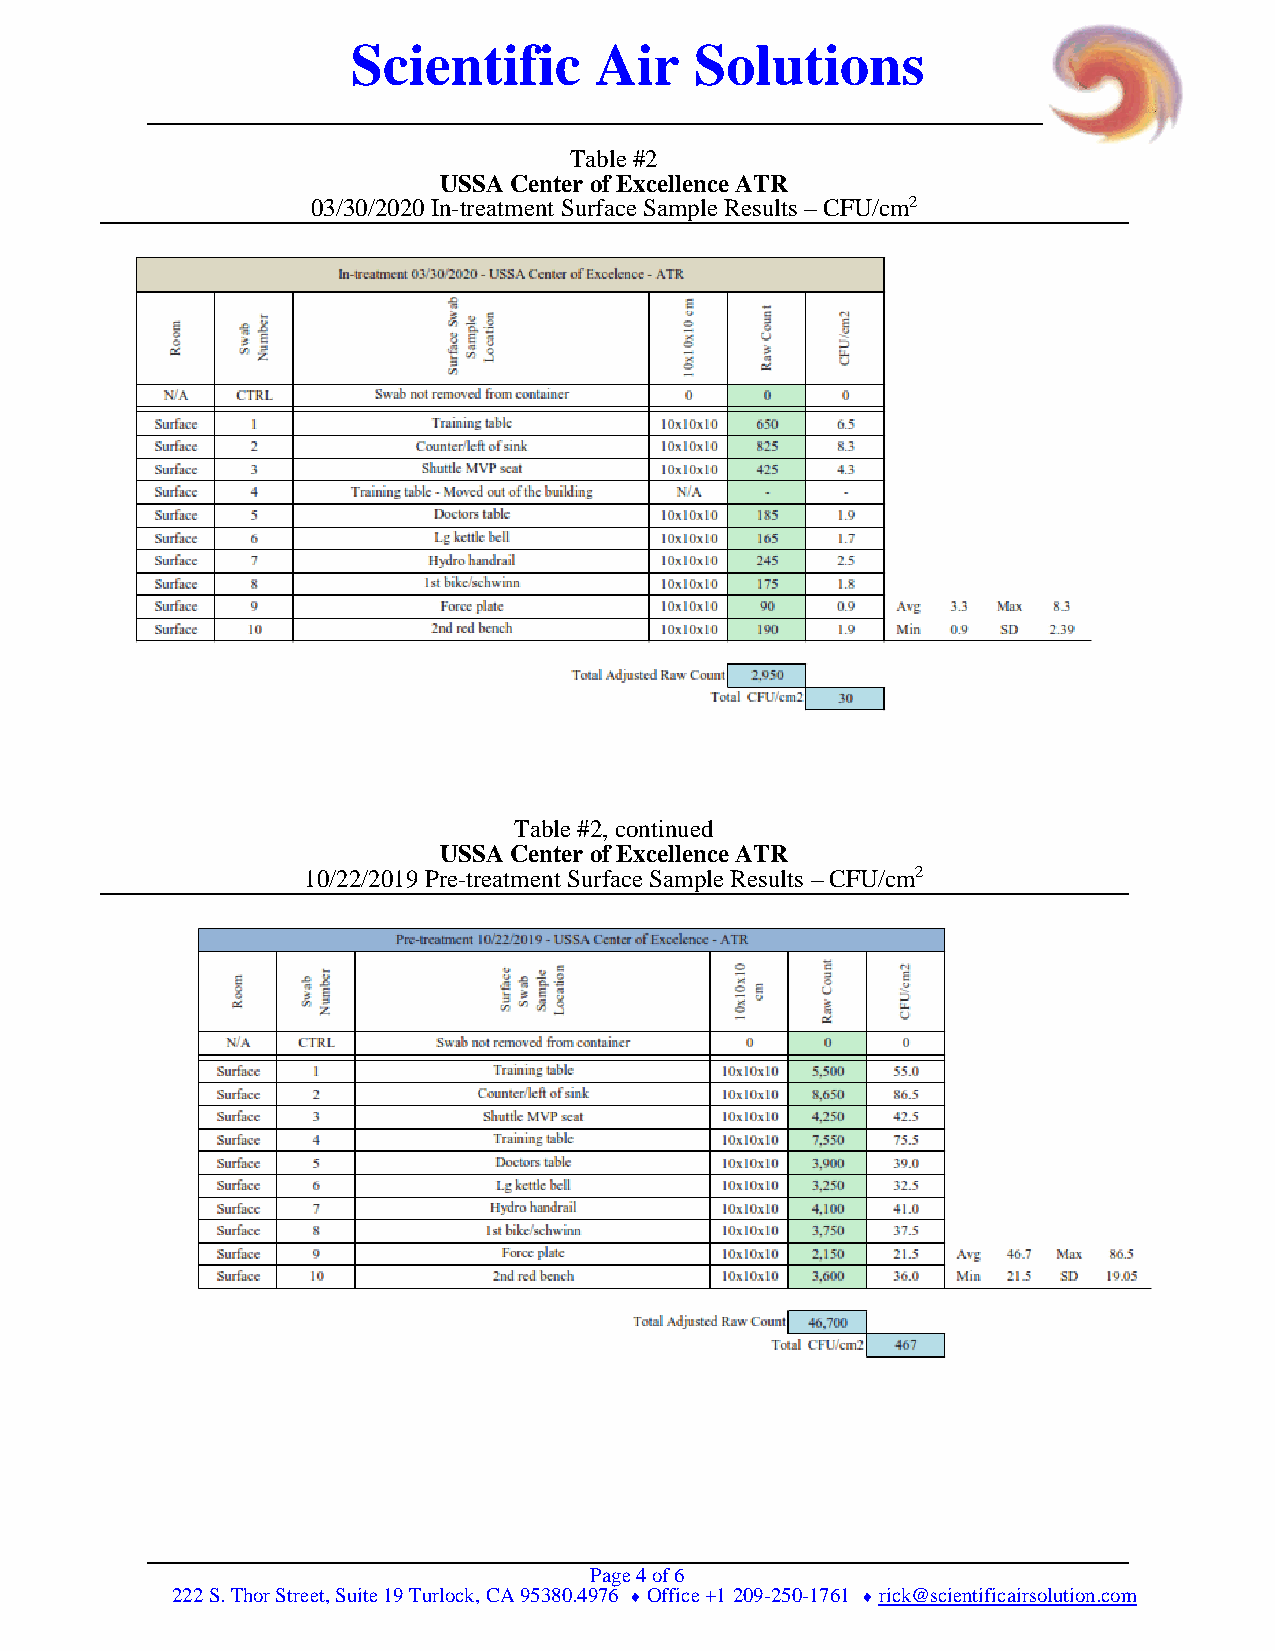
Scientific      Air    Solutions
 Table #2
 USSA Center of Excellence ATR
 03/30/2020 In-treatment Surface Sample Results – CFU/cm2
 Table #2, continued
 USSA Center of Excellence ATR
 10/22/2019 Pre-treatment Surface Sample Results – CFU/cm2
 Page 4 of 6
 222 S. Thor Street, Suite 19 Turlock, CA 95380.4976  Office +1 209-250-1761  rick@scientificairsolution.com